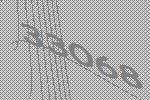
33068